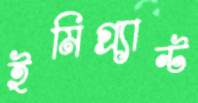
ইমিগ্র্যান্ট